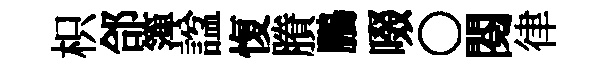
枳郃𥱼諡愎賸鵬啜〇閲律